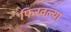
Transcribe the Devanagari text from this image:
फिरवल्या